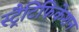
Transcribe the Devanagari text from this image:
स्ट्रैटिफिकेशन